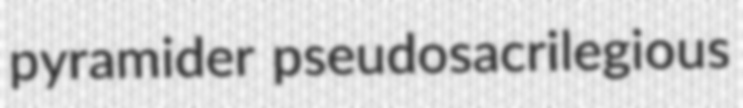
pyramider pseudosacrilegious